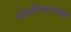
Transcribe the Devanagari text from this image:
सोडविण्यासंबंधी